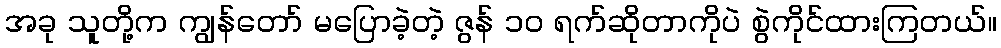
အခု သူတို့က ကျွန်တော် မပြောခဲ့တဲ့ ဇွန် ၁၀ ရက်ဆိုတာကိုပဲ စွဲကိုင်ထားကြတယ်။